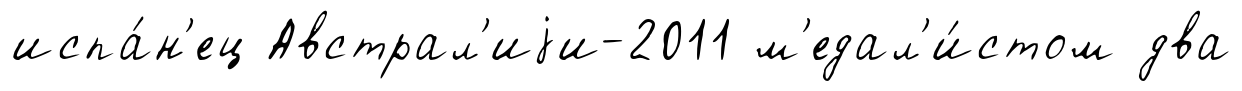
испа́н'ец Австрал'иjи-2011 м'едал'и́стом два